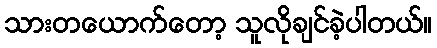
သားတယောက်တော့ သူလိုချင်ခဲ့ပါတယ်။